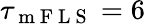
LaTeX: \tau_{\mathrm{~m~F~L~S~}}=6